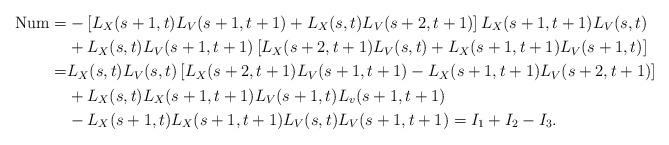
LaTeX: \begin{align*}\mathrm{Num}=&-\left[L_X(s+1,t)L_V(s+1,t+1)+L_X(s,t)L_V(s+2,t+1)\right]L_X(s+1,t+1)L_V(s,t)\\&+L_X(s,t)L_V(s+1,t+1)\left[L_X(s+2,t+1)L_V(s,t)+L_X(s+1,t+1)L_V(s+1,t)\right]\\=&L_X(s,t)L_V(s,t)\left[L_X(s+2,t+1)L_V(s+1,t+1)-L_X(s+1,t+1)L_V(s+2,t+1)\right]\\&+L_X(s,t)L_X(s+1,t+1)L_V(s+1,t)L_v(s+1,t+1)\\&-L_X(s+1,t)L_X(s+1,t+1)L_V(s,t)L_V(s+1,t+1)=I_1+I_2-I_3.\end{align*}